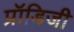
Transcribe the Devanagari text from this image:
प्रॉडिजी